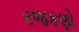
રજકણો